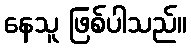
နေသူ ဖြစ်ပါသည်။